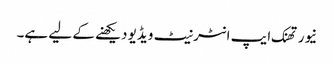
نیور تھنک ایپ انٹرنیٹ ویڈیو دیکھنے کے لیے ہے۔